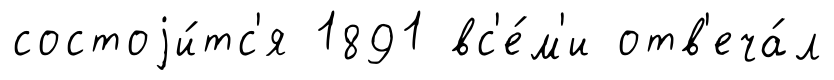
состоjи́тс'я 1891 вс'е́м'и отв'еча́л